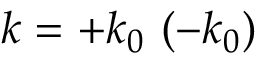
k = + k _ { 0 } \ ( - k _ { 0 } )